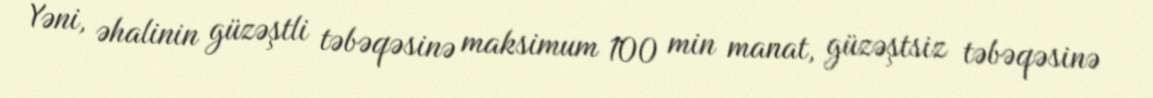
Yəni, əhalinin güzəştli təbəqəsinə maksimum 100 min manat, güzəştsiz təbəqəsinə